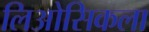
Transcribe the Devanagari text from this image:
लिओसिकला